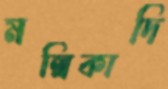
মল্লিকাদি